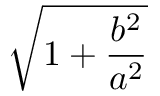
\sqrt { 1 + { \frac { b ^ { 2 } } { a ^ { 2 } } } }